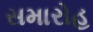
સમારોહ